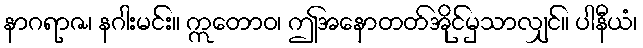
နာဂရာဇ၊ နဂါးမင်း။ ဣတောဝ၊ ဤအနောတတ်အိုင်မှသာလျှင်။ ပါနီယံ၊